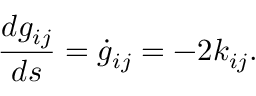
\frac { d g _ { i j } } { d s } = \dot { g } _ { i j } = - 2 { k } _ { i j } .